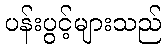
ပန်းပွင့်များသည်